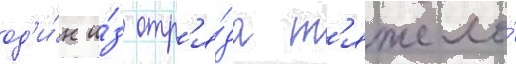
од'и́н и́з отр'я́да т'яжело́